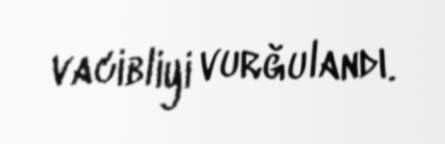
vacibliyi vurğulandı.